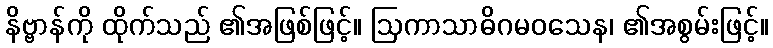
နိဗ္ဗာန်ကို ထိုက်သည် ၏အဖြစ်ဖြင့်။ ဩကာသာဓိဂမဝသေန၊ ၏အစွမ်းဖြင့်။